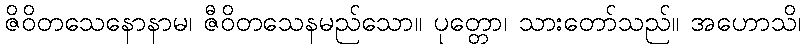
ဇိဝိတသေနောနာမ၊ ဇီဝိတသေနမည်သော။ ပုတ္တော၊ သားတော်သည်။ အဟောသိ၊